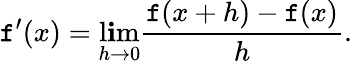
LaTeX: \mathtt{f}^{\prime}(x)=\operatorname*{l\mathbf{i}m}_{h\to0}{\frac{{\mathtt{f}(x+h)-\mathtt{f}(x)}}{{h}}}.